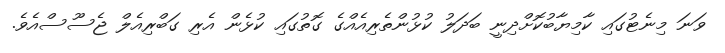
ވަނަ މިނެޓުގައި ކާމިޔާބުކޮށްދިނީ ބަދަލު ކުޅުންތެރިއެއްގެ ގޮތުގައި ކުޅެން އެރި ގަބްރިއެލް ޖެސޫސްއެވެ.